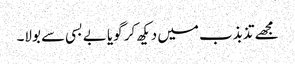
مجھے تذبذب میں دیکھ کر گویا بے بسی سے بولا۔